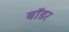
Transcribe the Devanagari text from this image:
बाॅडर